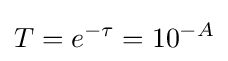
T=e^{-\tau }=10^{-A}